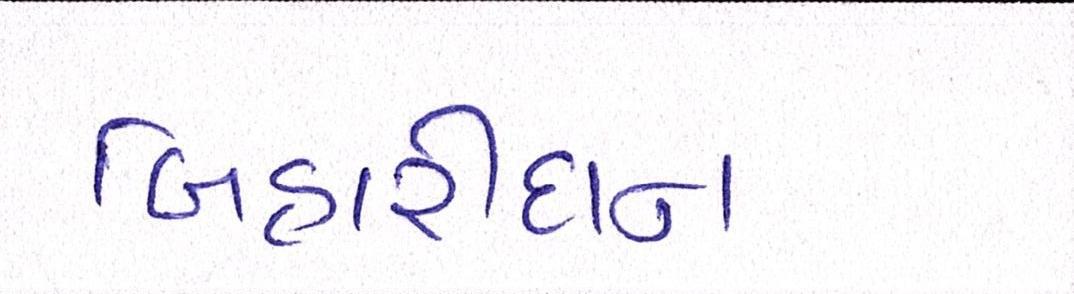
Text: બિહારીદાન